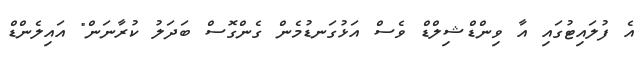
އެ ފުލައިޓުގައި އާ ވިންޑްޝިލްޑް ވެސް އަޅުގަނޑުމެން ގެންގޮސް ބަދަލު ކުރާނަން" އައިލެންޑް